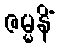
ဇမ္မနိံ